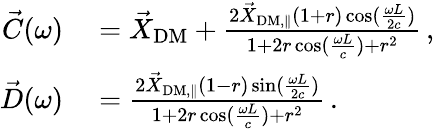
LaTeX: \begin{array}{rl}{\vec{C}(\omega)}&{{}=\vec{X}_{\mathrm{DM}}+\frac{2\vec{X}_{\mathrm{DM,\parallel}}(1+r)\cos(\frac{\omega L}{2c})}{1+2r\cos(\frac{\omega L}{c})+r^{2}}\, ,}\\ {\vec{D}(\omega)}&{{}=\frac{2\vec{X}_{\mathrm{DM,\parallel}}(1-r)\sin(\frac{\omega L}{2c})}{1+2r\cos(\frac{\omega L}{c})+r^{2}}\, .}\end{array}